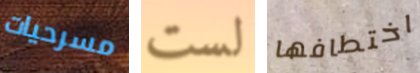
مسرحيات لست اختطافها